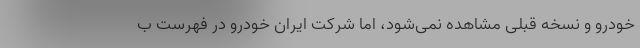
خودرو و نسخه قبلی مشاهده نمی‌شود، اما شرکت ایران خودرو در فهرست ب